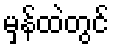
မှန်ထဲတွင်